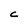
Character: C